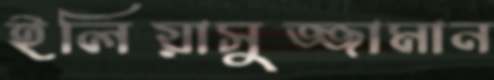
ইলিয়াসুজ্জামান